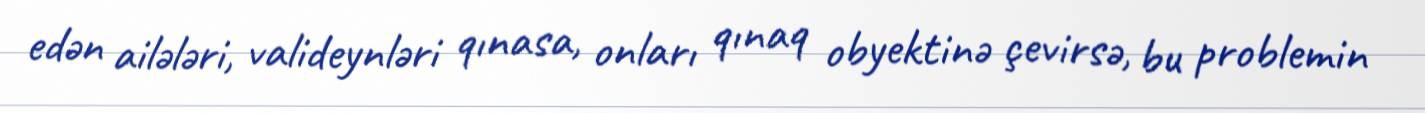
edən ailələri, valideynləri qınasa, onları qınaq obyektinə çevirsə, bu problemin